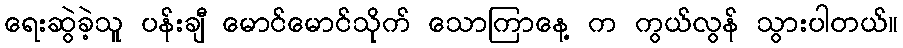
ရေးဆွဲခဲ့သူ ပန်းချီ မောင်မောင်သိုက် သောကြာနေ့ က ကွယ်လွန် သွားပါတယ်။